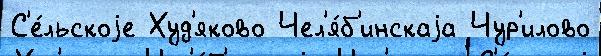
С'е́льскоjе Худ'яково Чел'я́б'инскаjа Чур'илово